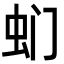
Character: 𮓳